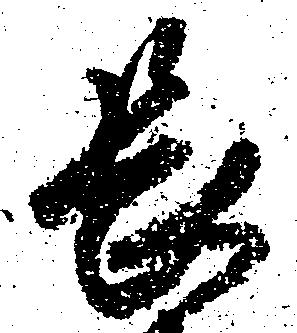
長